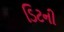
ડિટની